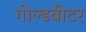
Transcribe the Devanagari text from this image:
गोल्डबीटर